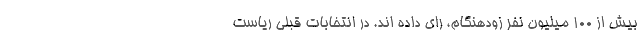
بیش از 100 میلیون نفر زودهنگام، رای داده اند. در انتخابات قبلی ریاست